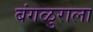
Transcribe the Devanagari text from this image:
बंगळुराला